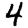
Digit: 4